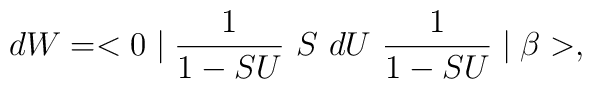
dW = <0 \mid  \frac{1}{1-SU}~ S~dU~\frac{1}{1-SU} \mid \beta>,